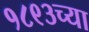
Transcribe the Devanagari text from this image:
१८९३च्या